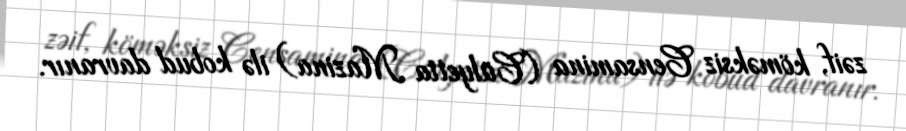
zəif, köməksiz Censamina (Cülyetta Mazina) ilə kobud davranır.